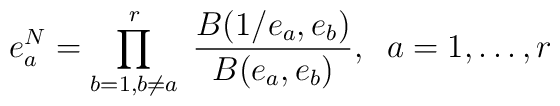
e_a^N=\prod_{b=1,b\neq a}^r\;\frac{B(1/e_a,e_b)}{B(e_a,e_b)},\;\;              a=1,\ldots,r